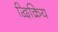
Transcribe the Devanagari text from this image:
द्विक्रिय